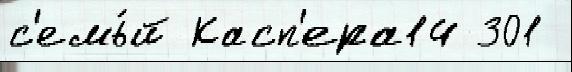
с'емь́й Касп'ера14 301